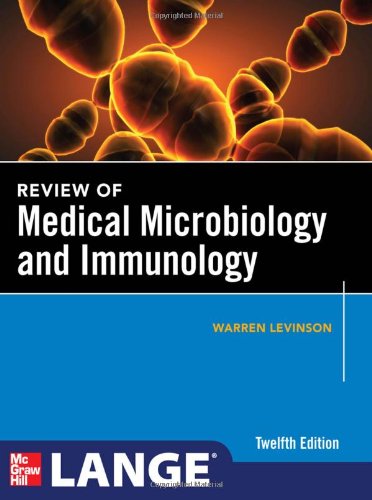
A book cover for Review of Medical Microbiology and Immunology, Twelfth Edition (Lange Medical Books); Warren Levinson; Medical Books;